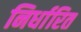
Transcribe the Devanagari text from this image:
निर्धारित